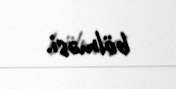
bölməsi.